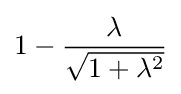
1-{\frac {\lambda }{\sqrt {1+\lambda ^{2}}}}